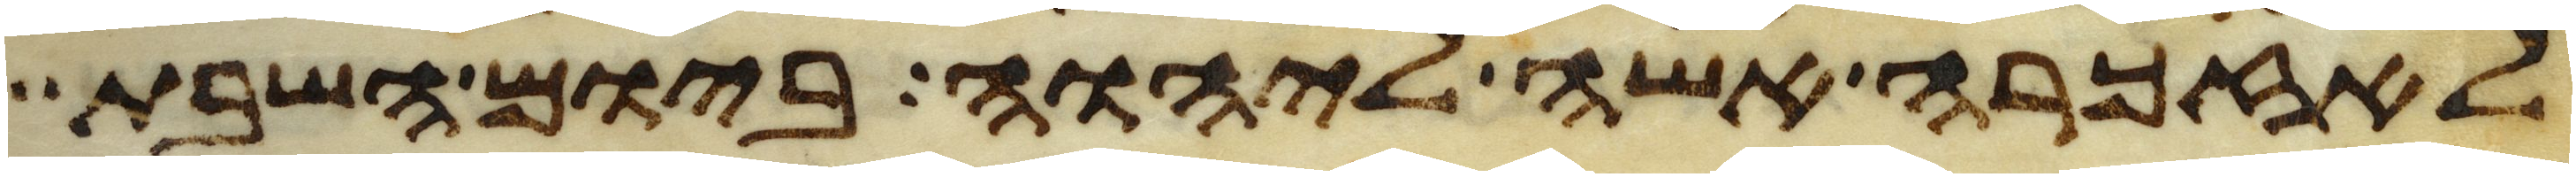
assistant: לאזכרה אשה ליהוה ביום השבת